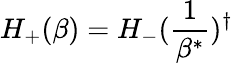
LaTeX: H_{+}(\beta)=H_{-}(\frac{1}{\beta^{*}})^{\dagger}